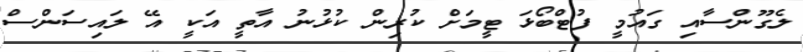
ލެގޫންސާއި ގައުމީ ފުޓްބޯޅަ ޓީމަށް ކުރިން ކުޅުނު އާތީ އަކީ އޭ ލައިސަންސް